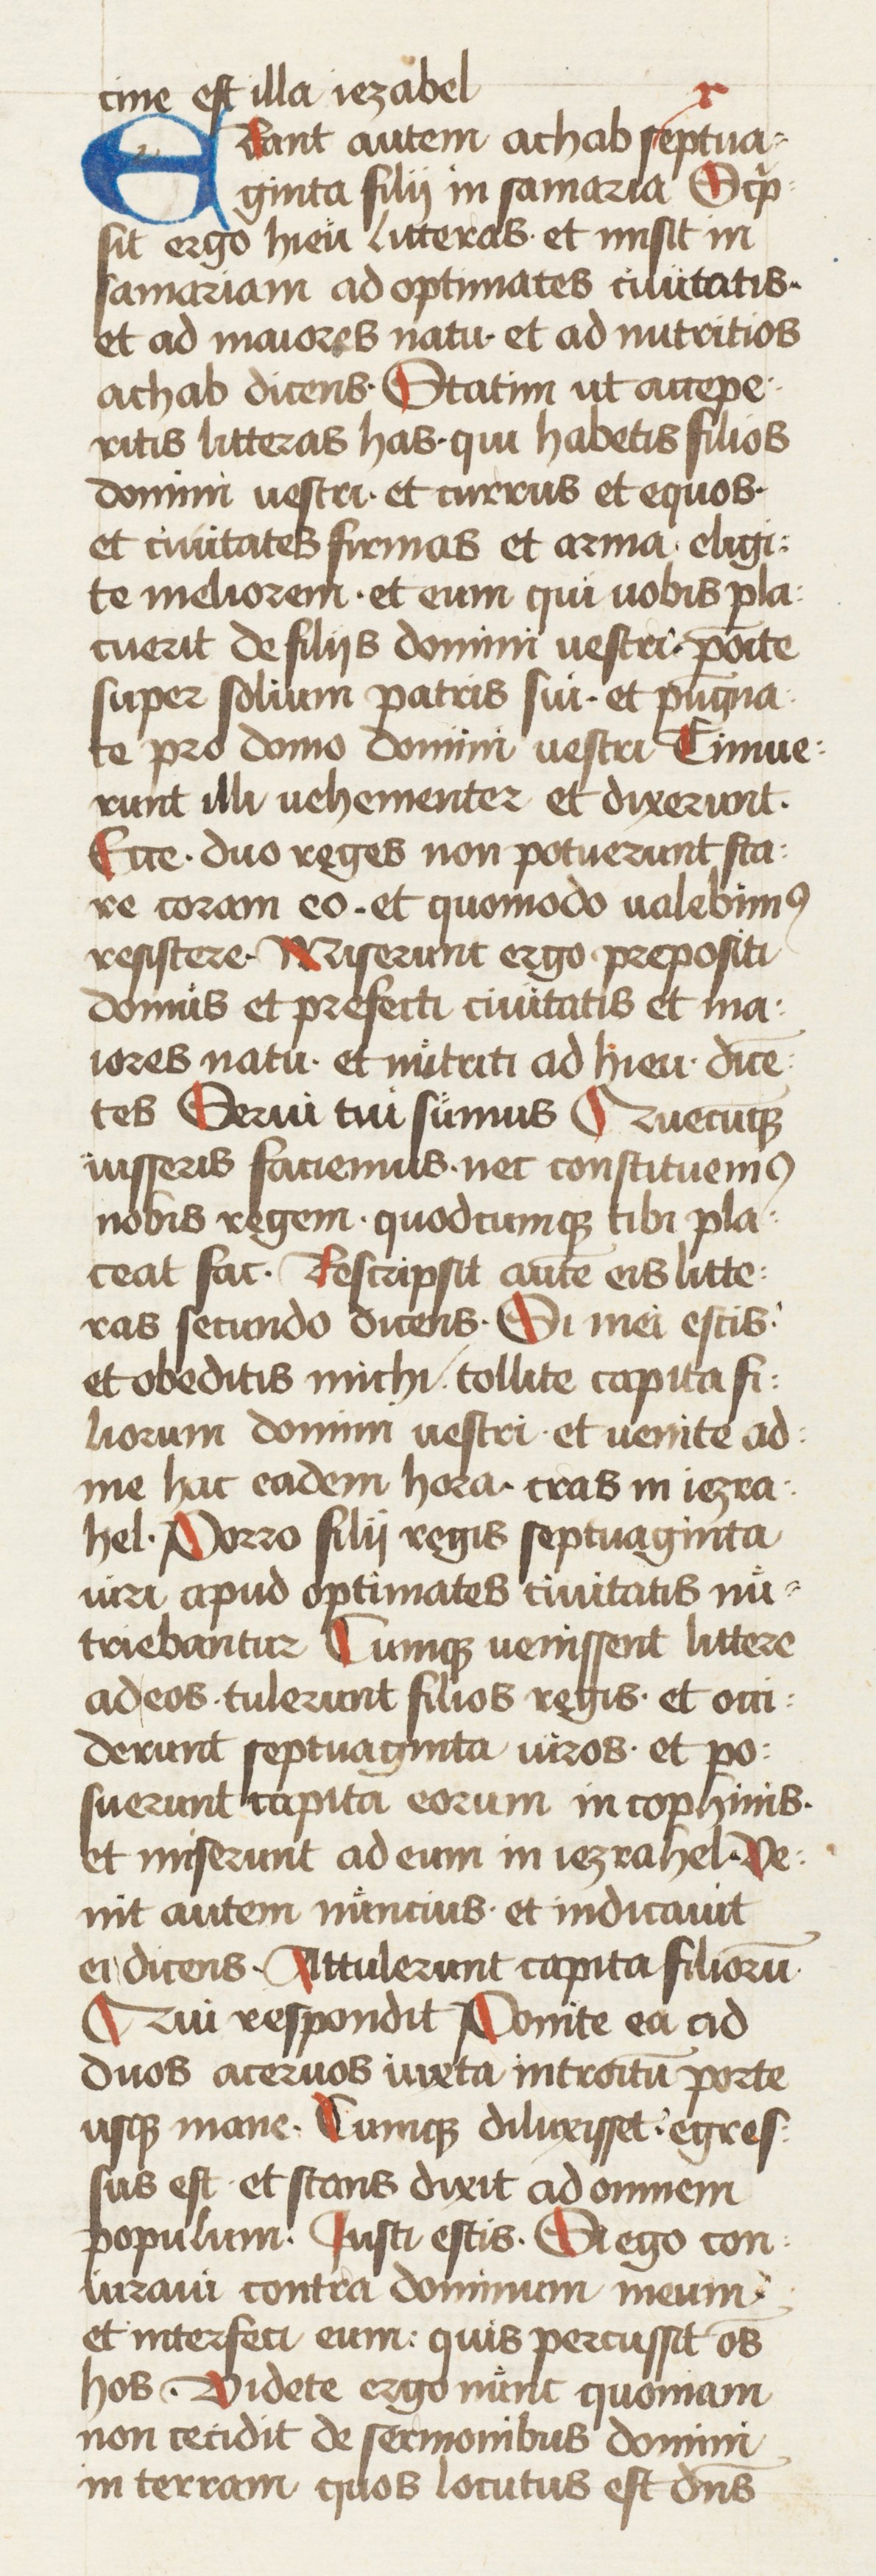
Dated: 1434–1466